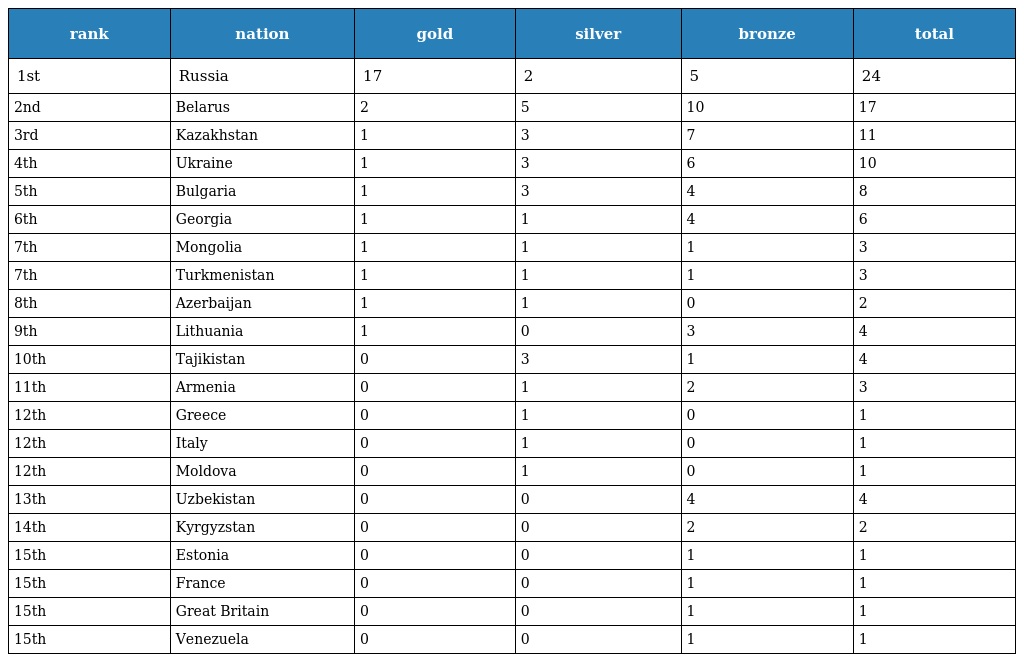
| rank | nation | gold | silver | bronze | total |
 | --- | --- | --- | --- | --- | --- |
 | 1st | Russia | 17 | 2 | 5 | 24 |
 | 2nd | Belarus | 2 | 5 | 10 | 17 |
 | 3rd | Kazakhstan | 1 | 3 | 7 | 11 |
 | 4th | Ukraine | 1 | 3 | 6 | 10 |
 | 5th | Bulgaria | 1 | 3 | 4 | 8 |
 | 6th | Georgia | 1 | 1 | 4 | 6 |
 | 7th | Mongolia | 1 | 1 | 1 | 3 |
 | 7th | Turkmenistan | 1 | 1 | 1 | 3 |
 | 8th | Azerbaijan | 1 | 1 | 0 | 2 |
 | 9th | Lithuania | 1 | 0 | 3 | 4 |
 | 10th | Tajikistan | 0 | 3 | 1 | 4 |
 | 11th | Armenia | 0 | 1 | 2 | 3 |
 | 12th | Greece | 0 | 1 | 0 | 1 |
 | 12th | Italy | 0 | 1 | 0 | 1 |
 | 12th | Moldova | 0 | 1 | 0 | 1 |
 | 13th | Uzbekistan | 0 | 0 | 4 | 4 |
 | 14th | Kyrgyzstan | 0 | 0 | 2 | 2 |
 | 15th | Estonia | 0 | 0 | 1 | 1 |
 | 15th | France | 0 | 0 | 1 | 1 |
 | 15th | Great Britain | 0 | 0 | 1 | 1 |
 | 15th | Venezuela | 0 | 0 | 1 | 1 |